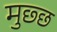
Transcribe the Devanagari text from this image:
मुछ्छ